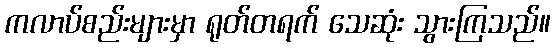
ကလာပ်စည်းများမှာ ရုတ်တရက် သေဆုံး သွားကြသည်။